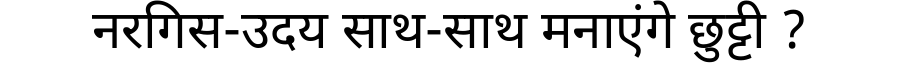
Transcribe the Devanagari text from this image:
नरगिस-उदय साथ-साथ मनाएंगे छुट्टी ?